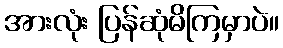
အားလုံး ပြန်ဆုံမိကြမှာပဲ။